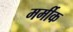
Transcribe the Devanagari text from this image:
मर्मीक